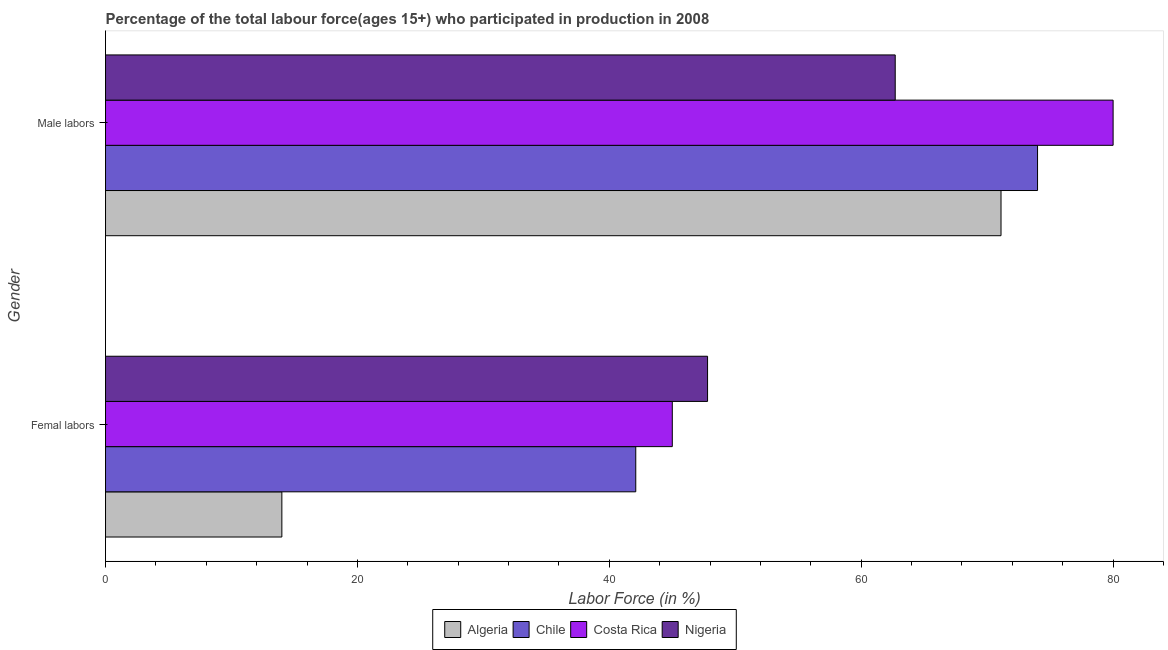
| Gender | Algeria | Chile | Costa Rica | Nigeria |
 | --- | --- | --- | --- | --- |
 | Femal labors | 14 | 42.1 | 45 | 47.8 |
 | Male labors | 71.1 | 74 | 80 | 62.7 |